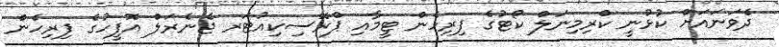
ދެވަނައަށް ކުޅުނީ ކްރިމިނަލް ކޯޓުގެ ފިރިހެން ޓީމާއި ޕްރޮސިކިއުޓަރ ޖެނެރަލް އޮފީހުގެ ފިރިހެން